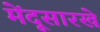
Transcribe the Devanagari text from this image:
मेंदूसारखे